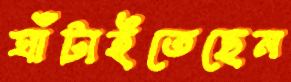
ঘাঁটাইতেছেন